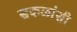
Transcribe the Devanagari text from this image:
सकळांसी